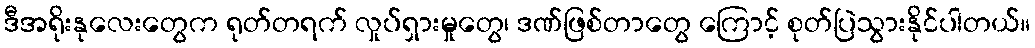
ဒီအရိုးနုလေးတွေက ရုတ်တရက် လှုပ်ရှားမှုတွေ၊ ဒဏ်ဖြစ်တာတွေ ကြောင့် စုတ်ပြဲသွားနိုင်ပါတယ်။